Report on the lunatic asylums under the Government of Bombay - 1904-1913
Year: 1904
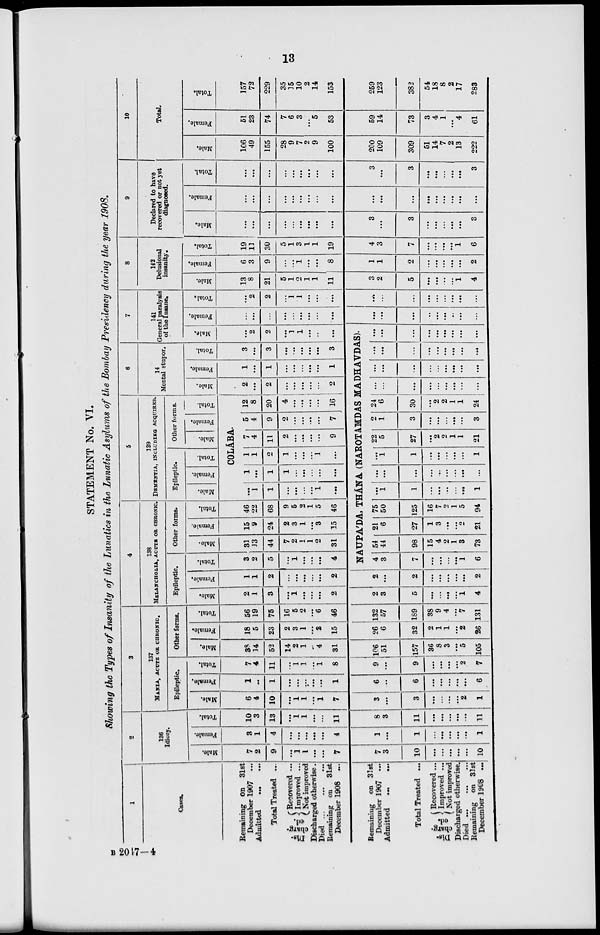
13
STATEMENT No. VI.
Showing the Types of Insanity of the Lunatics in the Lunatic Asylums of the Bombay Presidency during the year 1908.
1
Cases.
Remaining on
31st
December 1907 ...
Admitted ... ...
Total Treated ...
Dis-
charg-
ed.
Recovered ...
Improved ...
Not improved
Discharged otherwise.
Died ...
...
...
Remaining on
31st
December 1908 ...
Remaining on 31st
December 1907 ...
Admitted ... ...
Total Treated ...
Dis-
charg-
ed.
Recovered ...
Improved ...
Not improved
Discharged otherwise.
Died ... ... ...
Remaining on 31st
December 1908 ...
2
136
Idiocy.
Male.
7
2
9
...
1
1
...
...
7
7
3
10
...
...
...
...
...
10
Female.
3
1
4
...
...
...
...
...
4
1
...
1
...
...
...
...
...
1
Total.
10
3
13
...
1
1
...
...
11
8
3
11
...
...
...
...
...
11
3
137
MANIA, ACUTE OR CHRONIC.
Epileptic.
Male.
6
4
10
...
1
1
...
1
7
3
...
3
...
...
...
...
2
1
Female.
1
...
1
...
...
...
...
...
1
6
...
6
...
...
...
...
...
6
Total.
7
4
11
1
1
...
1
8
9
...
9
...
...
...
...
2
7
Other forms.
Male.
38
14
52
14
2
1
...
4
31
106
51
157
36
8
3
...
5
105
Female.
18
5
23
2
3
1
...
2
15
26
6
32
2
1
1
...
2
26
Total.
56
19
75
16
5
2
...
6
46
132
67
189
38
9
4
...
7
131
4
138
MELANCHOLIA, ACUTE OR CHRONIC.
Epileptic.
Male.
2
1
3
...
1
...
...
...
2
2
3
5
...
...
...
...
1
4
Female.
1
1
2
...
...
...
...
...
2
2
...
2
...
...
...
...
...
2
Total.
3
2
5
...
1
...
...
...
4
Other forms.
Male.
31
13
44
7
2
1
1
2
31
Female.
15
9
24
2
3
1
...
3
15
Total.
46
22
68
9
5
2
1
5
46
5
139
DEMENTIA, INCLUDING ACQUIRED.
Epileptic.
Male.
Female.
Total.
Other forms.
Male.
Female.
Total.
COLABA.
...
1
1
...
...
...
...
1
...
1
...
1
1
...
...
...
...
...
1
1
2
1
...
...
...
1
...
7
4
11
2
...
...
...
...
9
5
4
9
2
...
...
...
...
7
12
8
20
4
...
...
...
...
16
6
14
Mental stupor.
Male.
2
...
2
...
...
...
...
...
2
Female.
1
...
1
...
...
...
...
...
1
Total.
3
...
3
...
...
...
...
...
3
7
141
General paralysis
of the Insane.
Male.
...
2
2
...
1
1
...
...
...
NAUPA'DA, THÁNA (NAROTAMDAS MADHAVDAS).
4
3
7
...
...
...
...
1
6
54
44
98
15
4
2
1
3
73
21
6
27
1
3
...
...
2
21
75 1
50
125
16
7
2
1
5
94
...
1
1
...
...
...
...
...
1
...
...
...
...
...
...
...
...
...
...
1
1
...
...
...
...
...
1
22
5
27
...
2
2
1
1
21
2
1
3
...
...
...
...
...
3
24
6
30
...
2
2
1
1
24
...
...
...
...
...
...
...
...
...
...
...
...
...
...
...
...
...
...
...
...
...
...
...
...
...
...
...
...
...
...
...
...
...
...
...
...
Female.
...
...
...
...
...
...
...
...
...
...
...
...
...
...
...
...
...
...
Total.
...
2
2
...
1
1
...
...
...
...
...
...
...
...
...
...
...
...
8
142
Delusional
insanity.
Male.
13
8
21
5
1
2
1
1
11
3
2
5
...
...
...
1
4
Female.
6
3
9
...
...
1
...
...
8
1
1
2
...
...
...
...
...
2
Total.
19
11
30
5
1
3
1
1
19
4
3
7
...
...
...
...
1
6
9
Declared to have
recovered or not yet
diagnosed.
Male.
...
...
...
...
...
...
...
...
...
3
...
3
...
...
...
...
...
3
Female.
...
...
...
...
...
...
...
...
...
...
...
...
...
...
...
...
...
...
Total.
...
...
...
...
...
...
...
...
...
3
...
3
...
...
...
...
...
3
10
Total.
Male.
106
49
155
28
9
7
2
9
100
200
109
309
51
14
7
2
13
222
Female.
51
23
74
7
6
3
...
5
53
59
14
73
3
4
1
...
4
61
Total.
157
72
229
35
15
10
2
14
153
259
123
382
54
18
8
2
17
283
B 2047-4